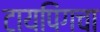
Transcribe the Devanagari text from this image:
टायपिंगचा